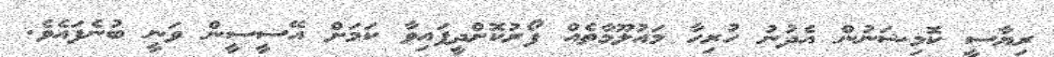
ރިޔާސީ ކޮމިޝަނުން އެދުނު ހުރިހާ މައުލޫމާތެއް ފޯރުކޮށްދީފައިވާ ކަމަށް އޭސީސީން ވަނީ ބުނެފައެވެ.